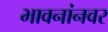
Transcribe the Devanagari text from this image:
भावनांनवर